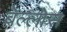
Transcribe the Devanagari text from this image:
बेल्लोस